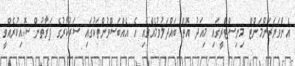
އެންވަޔަރަންމަންޓް މިނިސްޓްރީގައި މިއަދު އޮތް ބައްދަލުވުމެއްގައި އެ އެއްބަސްވުންތަކުގައި ސަރުކާރުގެ ފަރާތުން ސޮއިކުރެއްވީ